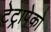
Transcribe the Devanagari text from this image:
टेट्रापेको